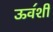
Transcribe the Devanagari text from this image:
ऊव॔शी